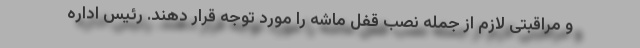
و مراقبتی لازم از جمله نصب قفل ماشه را مورد توجه قرار دهند. رئیس اداره